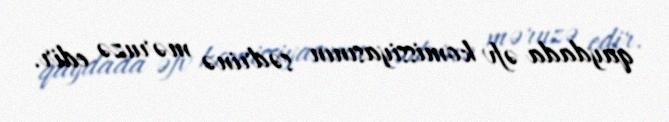
qaydada əfv komissiyasının sədrinə məruzə edir.